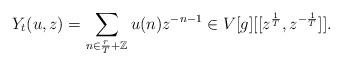
LaTeX: \begin{align*}Y_t(u, z)=\sum_{n\in \frac{r}{T}+\mathbb{Z}}u(n)z^{-n-1}\in V[g][[z^{\frac{1}{T}}, z^{-\frac{1}{T}}]].\end{align*}